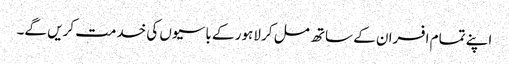
اپنے تمام افسران کے ساتھ مل کر لاہور کے باسیوں کی خدمت کریں گے۔